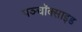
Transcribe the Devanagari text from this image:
पञ्चॉक्साइड